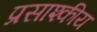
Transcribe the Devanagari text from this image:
प्रसाश्कीय